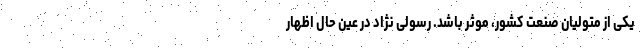
یکی از متولیان صنعت کشور، موثر باشد. رسولی نژاد در عین حال اظهار